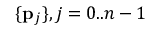
\{ \mathbf { p } _ { j } \} , j = 0 . . n - 1